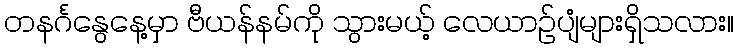
တနင်္ဂနွေနေ့မှာ ဗီယန်နမ်ကို သွားမယ့် လေယာဉ်ပျံများရှိသလား။